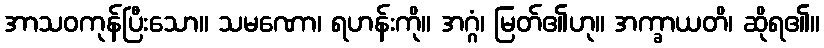
အာသဝကုန်ပြီးသော။ သမဏော၊ ရဟန်းကို။ အဂ္ဂံ၊ မြတ်၏ဟု။ အက္ခာယတိ၊ ဆိုရ၏။